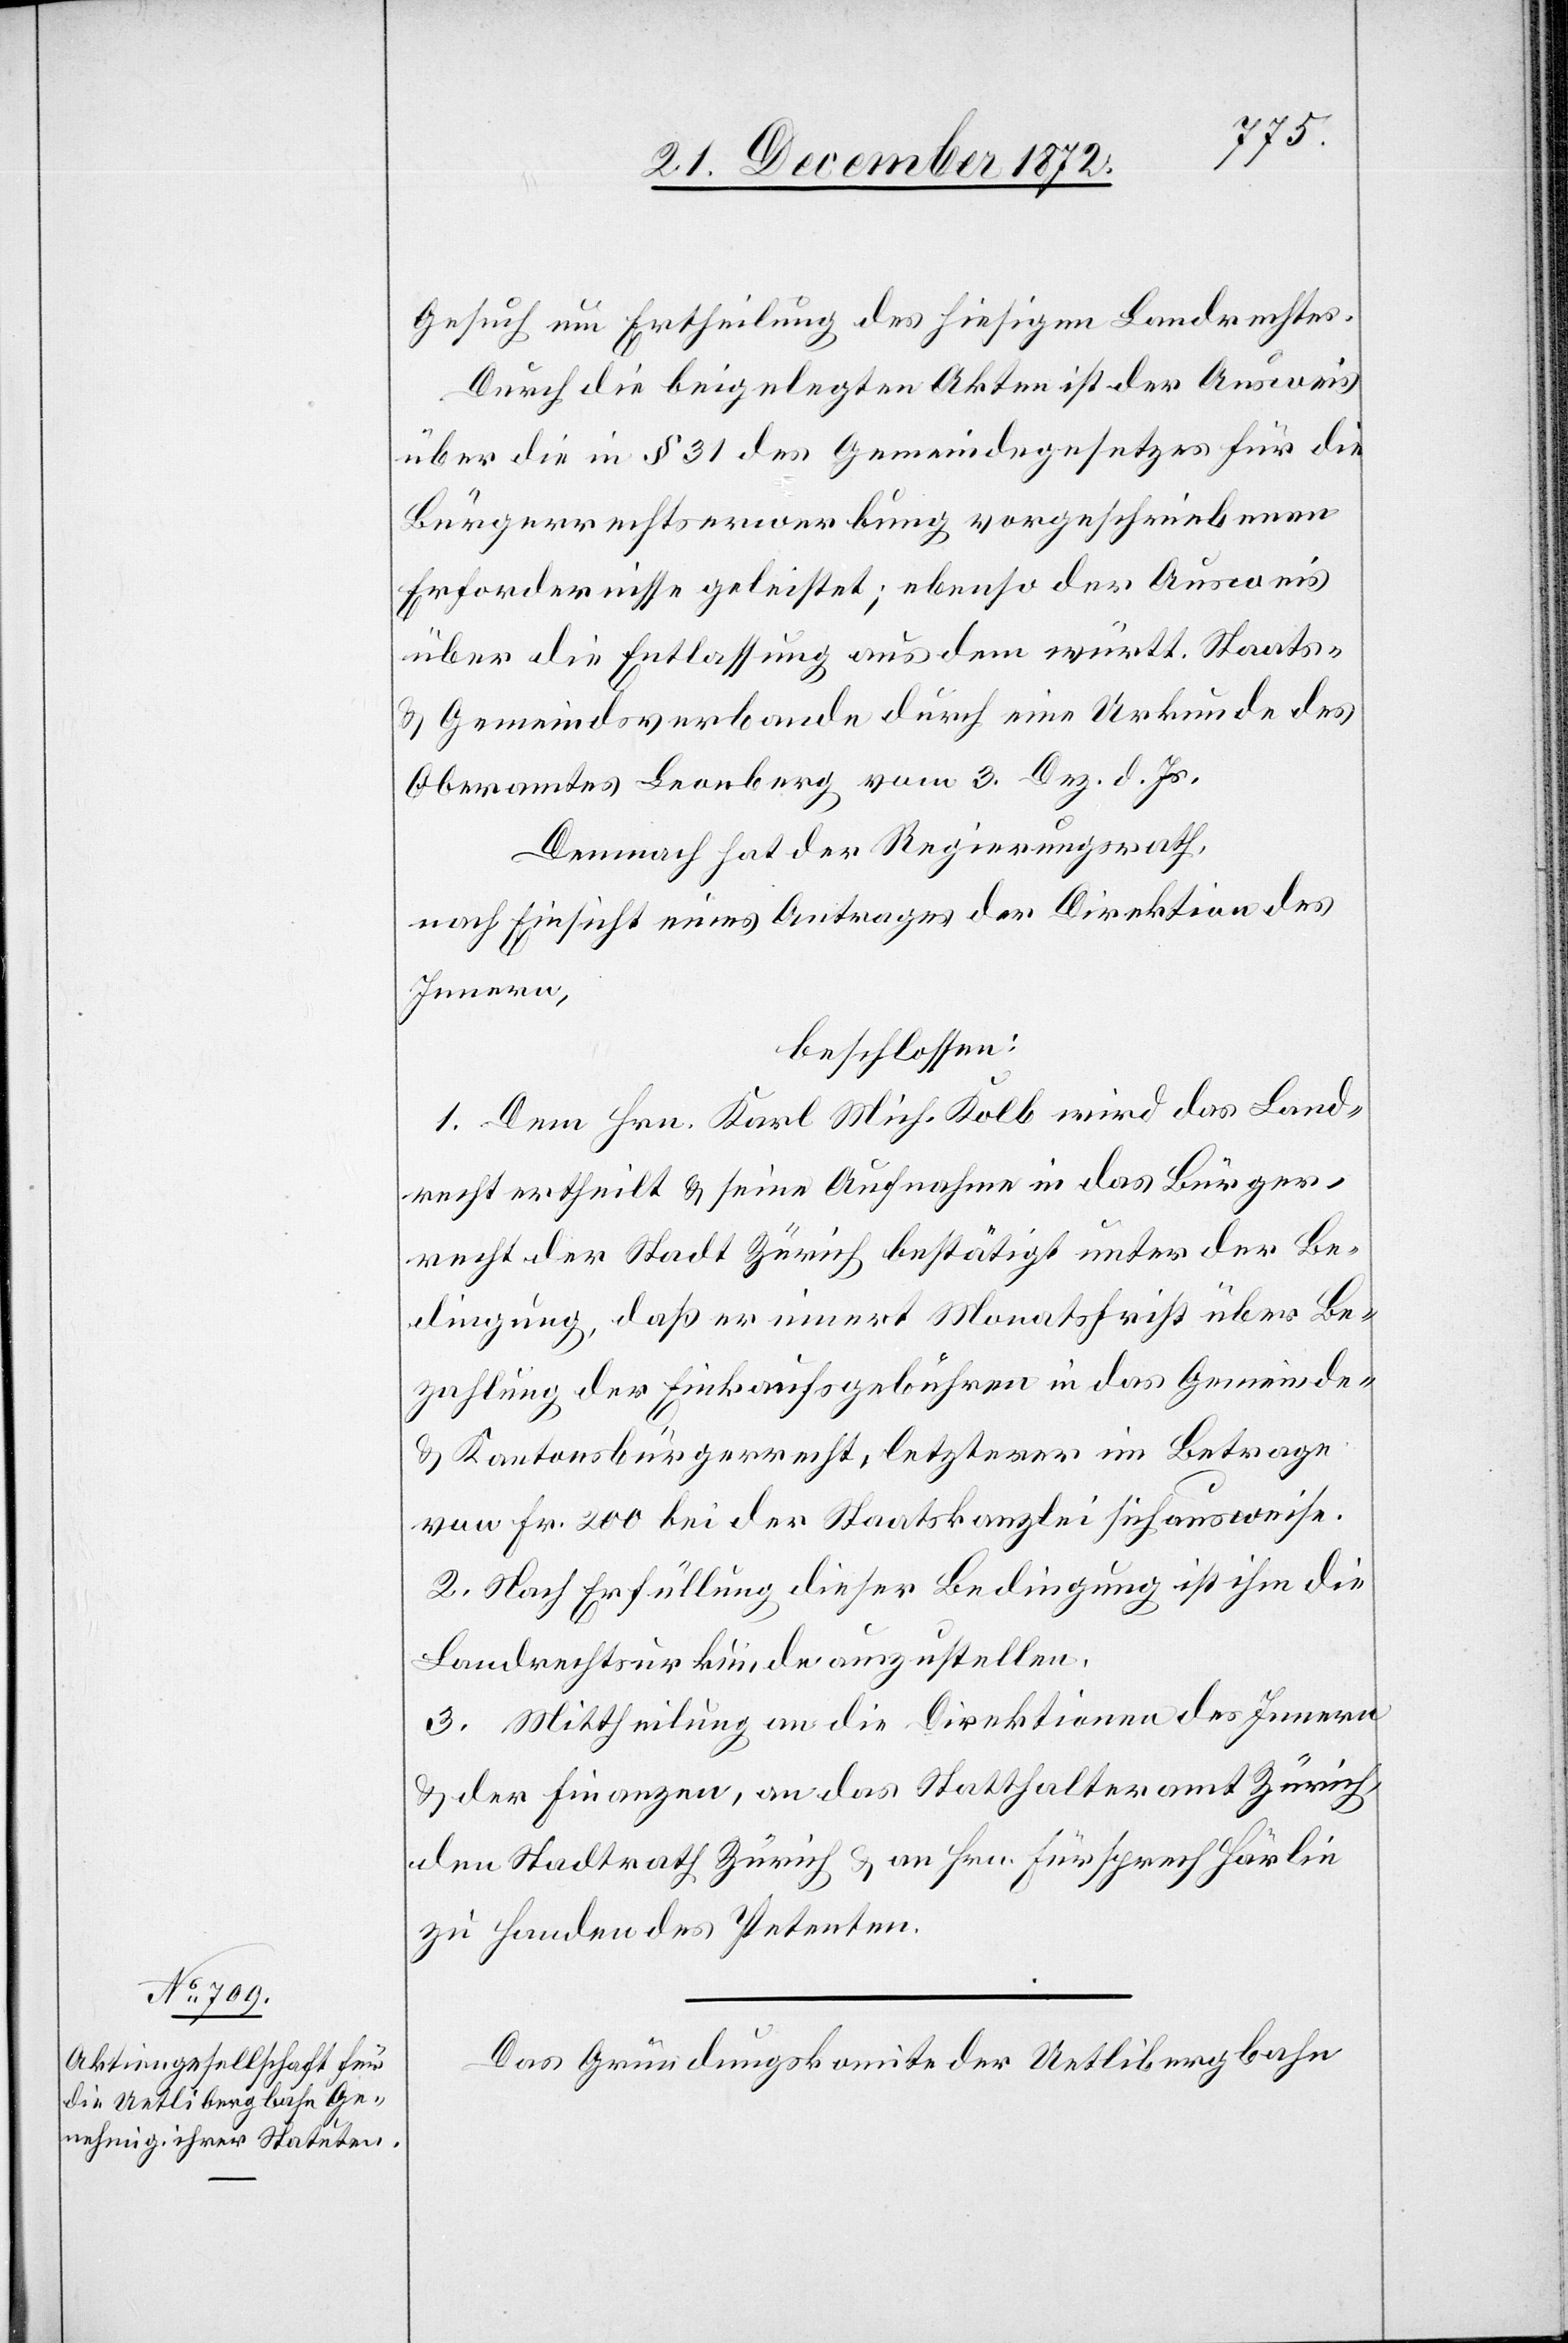
Gesuch um Ertheilung des hiesigen Landrechtes.
Durch die beigelegten Akten ist der Ausweis
über die in § 31 des Gemeindegesetzes für die
Bürgerrechtserwerbung vorgeschriebenen
Erfordernisse geleistet; ebenso der Ausweis
über die Entlassung aus dem württ. Staats-
u. Gemeindsverbande durch eine Urkunde des
Oberamtes Leonberg vom 3. Dez. d. Js.
Demnach hat der Regierungsrath,
nach Einsicht eines Antrages der Direktion des
Innern,
beschlossen:
1. Dem Hrn. Karl Mich. Kolb wird das Land¬
recht ertheilt u. seine Aufnahme in das Bürger¬
recht der Stadt Zürich bestätigt unter der Be¬
dingung, daß er innert Monatsfrist über Be¬
zahlung der Einkaufsgebühren in das Gemeinde-
u. Kantonsbürgerrecht, letzterer im Betrage
von Fr. 200 bei der Staatskanzlei sich ausweise.
2. Nach Erfüllung dieser Bedingung ist ihm die
Landrechtsurkunde auszustellen.
3. Mittheilung an die Direktion des Innern
u. der Finanzen, an das Statthalteramt Zürich,
den Stadtrath Zürich u. an Hrn. Fürsprech Härlin
zu Handen des Petenten.
Das Gründungskomite der Uetlibergbahn